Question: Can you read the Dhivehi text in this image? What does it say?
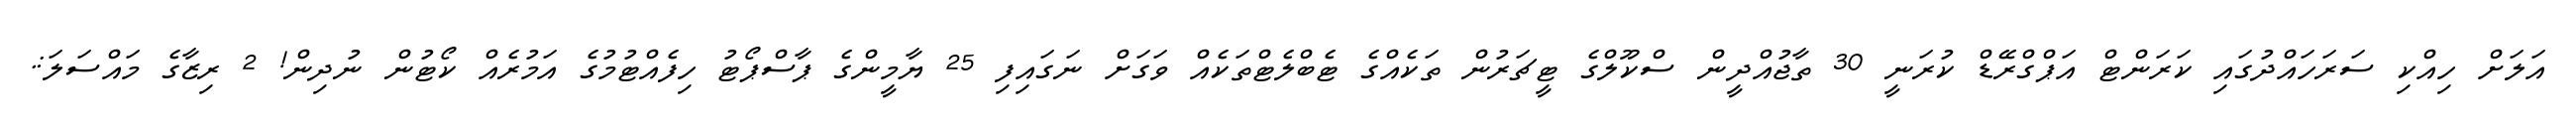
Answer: އަލަށް ހިއްކި ސަރަހައްދުގައި ކަރަންޓް އަޕްގްރޭޑް ކުރަނީ 30 ތާޖުއްދީން ސްކޫލްގެ ޓީޗަރުން ތަކެއްގެ ޓެބްލެޓްތަކެއް ވަގަށް ނަގައިފި 25 ޔާމީންގެ ޕާސްޕޯޓު ހިފެއްޓުމުގެ އަމުރެއް ކޯޓުން ނުދިން! 2 ރިޒާގެ މައްސަލަ:.